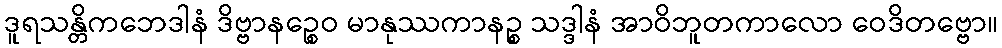
ဒူရသန္တိကဘေဒါနံ ဒိဗ္ဗာနဉ္စေဝ မာနုဿကာနဉ္စ သဒ္ဒါနံ အာဝိဘူတကာလော ဝေဒိတဗ္ဗော။